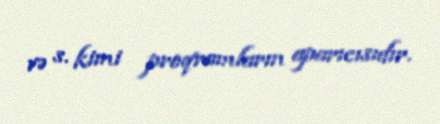
və s. kimi proqramların aparıcısıdır.